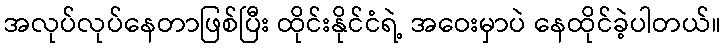
အလုပ်လုပ်နေတာဖြစ်ပြီး ထိုင်းနိုင်ငံရဲ့ အဝေးမှာပဲ နေထိုင်ခဲ့ပါတယ်။